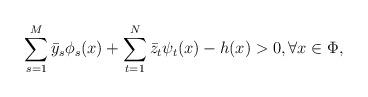
LaTeX: \begin{align*}\sum_{s=1}^{M}\bar y_s\phi_s(x)+\sum_{t=1}^{N}\bar z_t\psi_t(x)-h(x)> 0, \forall x\in \Phi,\end{align*}